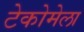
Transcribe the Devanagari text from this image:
टेकोमेला